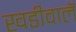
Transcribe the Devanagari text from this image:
खडीवालॆ